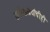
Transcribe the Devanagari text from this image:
समीक्षाग्रंथांचीही